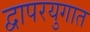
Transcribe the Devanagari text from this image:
द्वापरयुगात